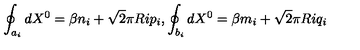
\oint _ { a _ { i } } d X ^ { 0 } = \beta n _ { i } + \sqrt { 2 } \pi R i p _ { i } , \oint _ { b _ { i } } d X ^ { 0 } = \beta m _ { i } + \sqrt { 2 } \pi R i q _ { i }